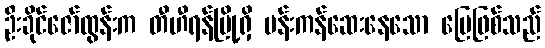
ဦးခိုင်ဇော်ထွန်းက တီဟီရန်မြို့ရှိ ပန်းကန်ဆေးနေသော မြေဖြစ်သည်